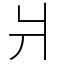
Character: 爿